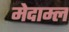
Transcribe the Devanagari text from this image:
मेदाम्ल